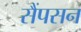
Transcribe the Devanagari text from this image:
सैंपसन